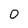
Character: 0